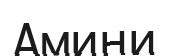
Амини